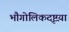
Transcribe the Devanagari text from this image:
भौगोलिकदृष्टय़ा